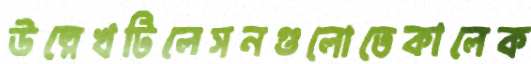
উল্লেখটিলেসনগুলোতেকালেক